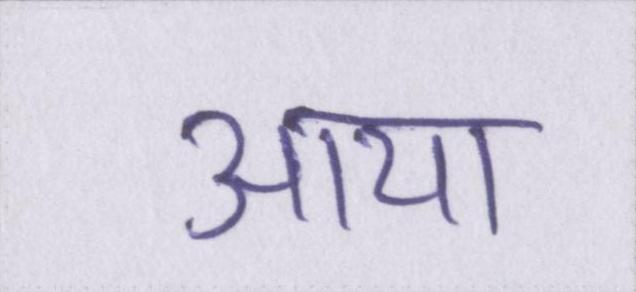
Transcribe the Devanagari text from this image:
आया